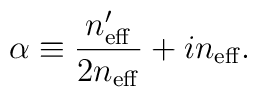
\alpha \equiv \frac{n_{\rm eff}'}{2n_{\rm eff}}+in_{\rm eff}.